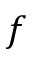
f